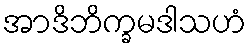
အာဒိဘိက္ခမဒါသဟံ